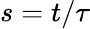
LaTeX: s=t/\tau